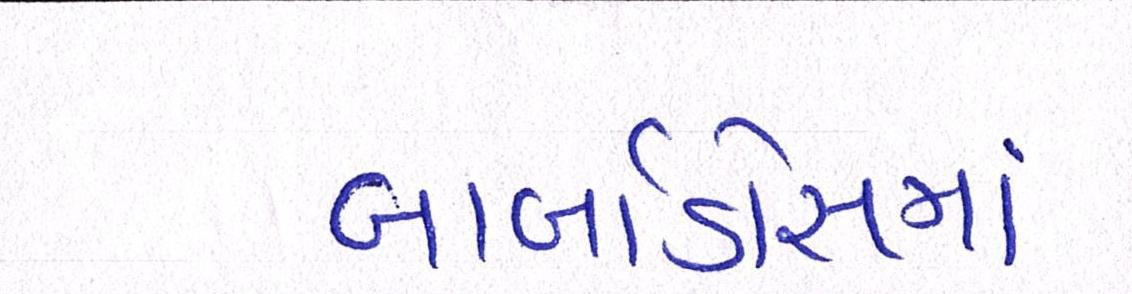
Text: બાર્બાડોસમાં